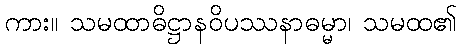
ကား။ သမထာဓိဋ္ဌာနဝိပဿနာဓမ္မာ၊ သမထ၏